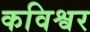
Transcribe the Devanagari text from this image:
कविश्वर